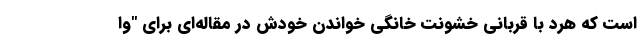
است که هرد با قربانی خشونت خانگی خواندن خودش در مقاله‌ای برای "وا